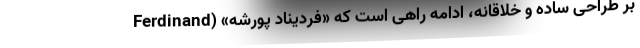
بر طراحی ساده و خلاقانه، ادامه راهی است که «فردیناد پورشه» (Ferdinand